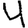
Digit: 4